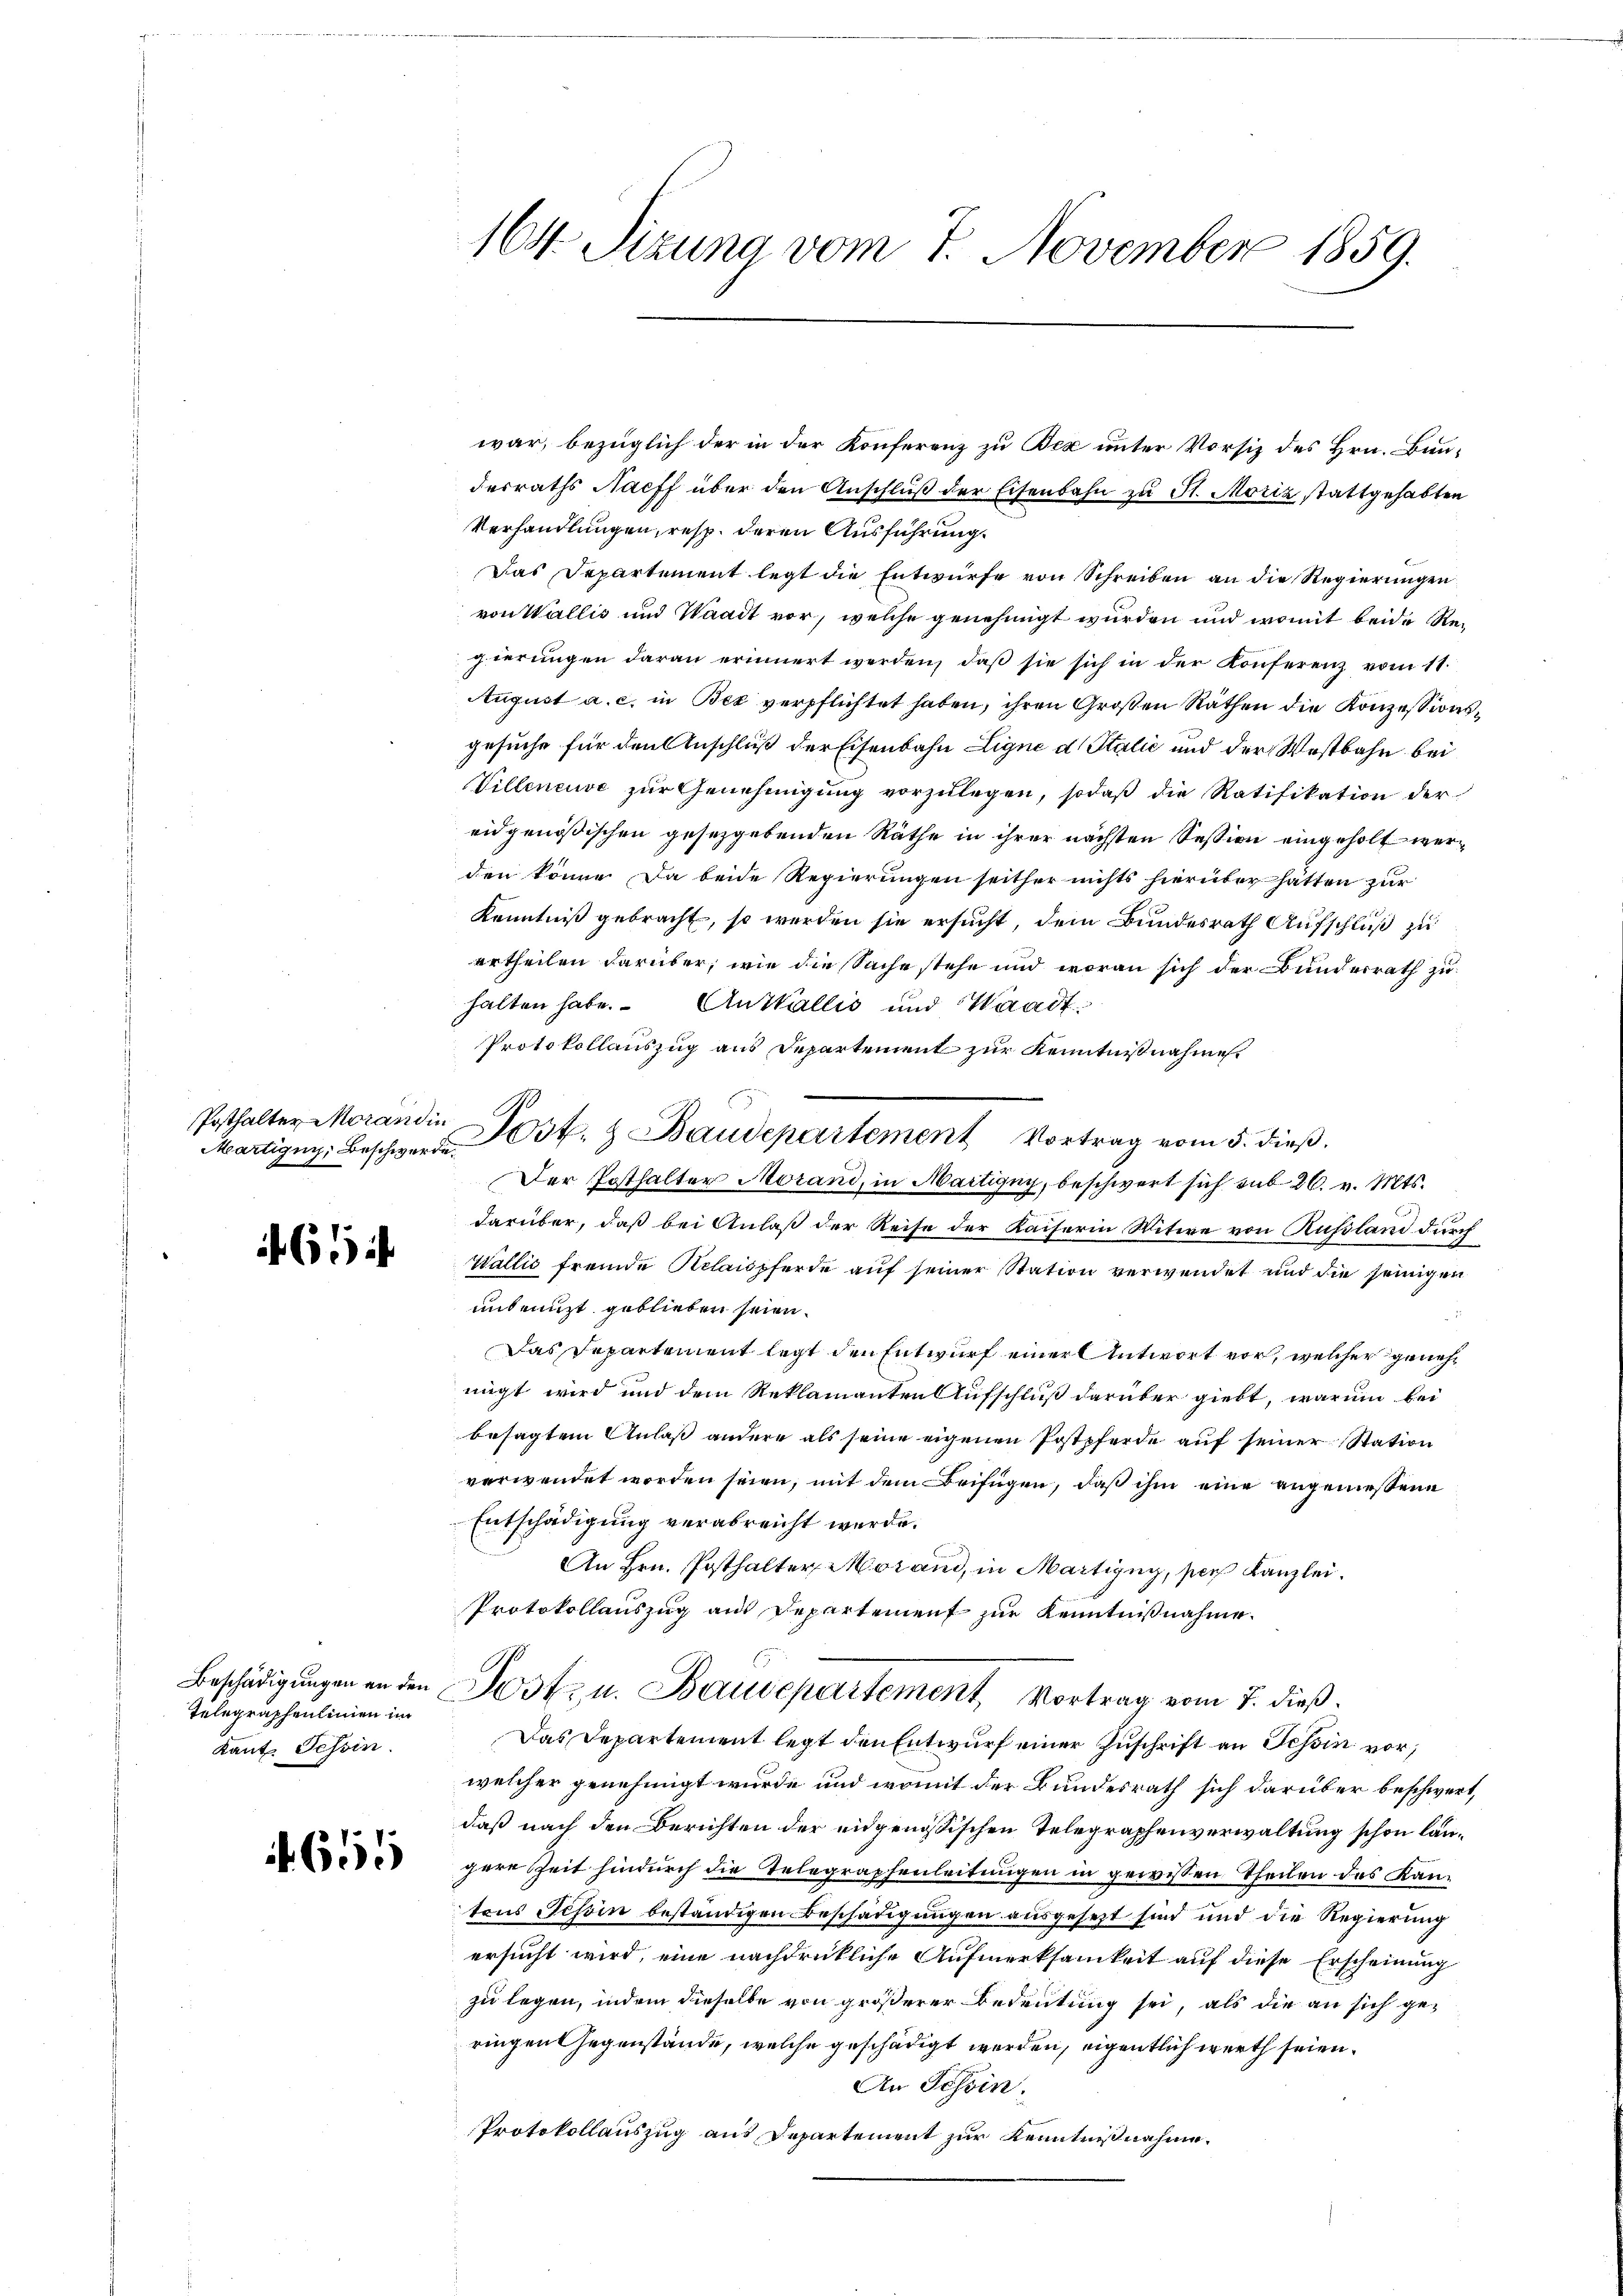
Märtigny, Beschwerde.

65

Telegraphenlinien im
Kant. Tessin.

if. 655

war, bezüglich der in der Konferenz zu Bex unter Vorsitz des Hrn. Bundesraths Nachf über den Anschluß der Eisenbahn zu St. Moriz stattgehabten
Verhandlungen, resp. deren Ausführung.
Das Departement legt die Entwürfe von Schreiben an die Regierungen
von Wallis und Waadt vor, welche genehmigt wurden und womit beide Regierungen daran erinnert werden, daß sie sich in der Konferenz vom 11.
August a. c. in Bex verpflichtet haben, ihren Großen Räthen die Konzessionsgesuche für den Anschluß der Eisenbahn Ligne d Italić und der Westbahn bei
Villeneuve zur Genehmigung vorzulegen, sodaß die Ratifikation der
eidgenößischen gesezgebenden Räthe in ihrer nächsten Session eingeholt werden könne. Da beide Regierungen seither nichts hierüber hätten zur
Kenntniß gebracht, so werden sie ersucht, dem Bundesrath Aufschluß zu
ertheilen darüber, wie die Sache stehe und woran sich der Bundesrath zu
halten habe. Anstallis und Waadt
Protokollauszug aus Departement zur Kenntnißnahme.
Der Posthalter Morand, in Martigny, beschwert sich sub 26. v. Mts.
darüber, daß bei Anlaß der Reise der Kaiserin Witwe von Russland.
e
27
Wallis fremde Relaispferde auf seiner Station verwendet und die seinigen
unbenuzt geblieben seien.
Das Departement legt den Entwurf einer Antwort vor, welcher genehnigt wird und dem Reklamanten Aufschluß darüber giebt, warum bei
besagtem Anlaß andere als seine eigenen Postpferde auf seiner Station
verwendet worden seien, mit dem Beifügen, daß ihm eine angemessene
Entschädigung verabreicht werde.
An Hrn. Posthalter Morand, in Martigug, per Kanzlei.
Protokollauszug aus Departement zur Kenntnißnahme.
Beschädigungen an den Post- u. Baudepartement, Vortrag vom 7. dieß.
Das Departement legt den Entwurf einer Zuschrift an Tessin vor,
welcher genehmigt wurde und womit der Bundesrath sich darüber beschwert,
daß nach den Berichten der eidgenößischen Telegraphenverwaltung schon länhere Zeit hindurch die Telegraphenleitungen in gewissen Theilen des Kantons Schin beständigen Beschädigungen ausgesezt sind und die Regierung
ersucht wird, eine nachdrückliche Aufmerksamkeit auf diese Erscheinung
zu legen, indem dieselbe von größerer Bedeutung sei, als die an sich geringen Gegenstände, welche geschädigt worden, eigentlich werth seien.
An Schein.
Protokollauszug aus Departement zur Kenntnißnahme.

164. Sizung vom 7. November 1859.

Posthalter Morandin Post. & Baudepartement Vortrag vom 5. dieß